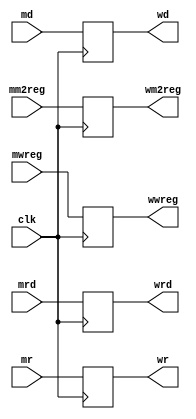
/**
    This modules implements the MEM/WB pipeline register in our pipelined
        RV64 CPU. This is effectively just an array of D flip flops.
    @author Andrew Jones (https://github.com/AndrewJones-PSU)

    @param {5} mrd: 5-bit input for destination register address
    @param {64} mr: 64-bit input for execution result
    @param {64} md: 64-bit input for data memory output
    @param {1} mm2reg: 1-bit input for WB Mux select flag
    @param {1} mwreg: 1-bit input for register-write flag
    @param {1} clk: 1-bit input for clock signal

    @param {5} wrd: 5-bit output for destination register address
    @param {64} wr: 64-bit output for execution result
    @param {64} wd: 64-bit output for data memory output
    @param {1} wm2reg: 1-bit output for WB Mux select flag
    @param {1} wwreg: 1-bit output for register-write flag
*/

module PipelineRegMEMWB (
    input [4:0] mrd,
    input [63:0] mr,
    input [63:0] md,
    input mm2reg,
    input mwreg,
    input clk,

    output reg [4:0] wrd,
    output reg [63:0] wr,
    output reg [63:0] wd,
    output reg wm2reg,
    output reg wwreg
);

    always @(posedge clk) begin
        wrd <= mrd;
        wr <= mr;
        wd <= md;
        wm2reg <= mm2reg;
        wwreg <= mwreg;
    end

endmodule